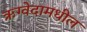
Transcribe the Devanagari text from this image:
ऋग्वेदामधील